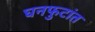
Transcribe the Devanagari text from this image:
घनफुटांत